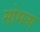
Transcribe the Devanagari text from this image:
सोभना